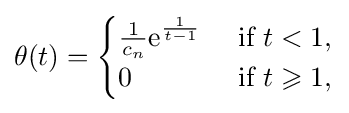
\theta (t)={\begin{cases}{\frac {1}{c_{n}}}\mathrm {e} ^{\frac {1}{t-1}}&{\text{ if }}t<1,\\0&{\text{ if }}t\geqslant 1,\end{cases}}